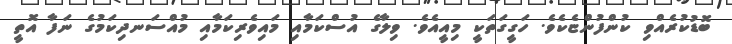
ބޮޑުކުރެއްވި ކުންފުންޏެކެވެ. ހަގީގަތަކީ މިއީއެވެ. ވިލާގެ އުސްކަމާއި މައިވެރިކަމާއި މުއްސަނދިކަމުގެ ނަފާ އޮތީ